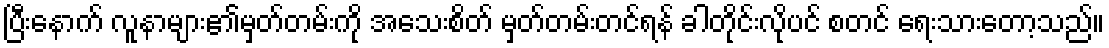
ပြီးနောက် လူနာများ၏မှတ်တမ်းကို အသေးစိတ် မှတ်တမ်းတင်ရန် ခါတိုင်းလိုပင် စတင် ရေးသားတော့သည်။